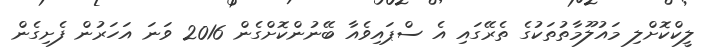
ލީކްކޮށްލި މައުލޫމާތުތަކުގެ ތެރޭގައި އެ ސްޕައިވެއާ ބޭނުންކޮށްގެން 2016 ވަނަ އަހަރުން ފެށިގެން